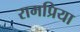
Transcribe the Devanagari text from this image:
रामप्रिया